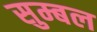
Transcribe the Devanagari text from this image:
सुम्बल